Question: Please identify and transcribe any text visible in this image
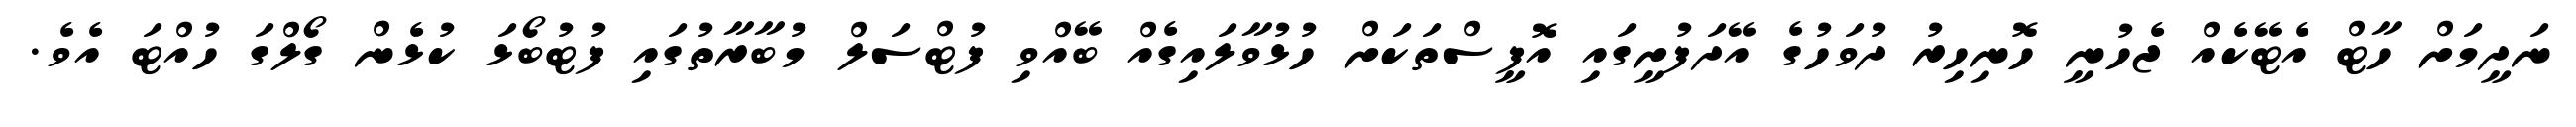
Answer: ނަދީމަށް ހާޓް އެޓޭކެއް ޖެހުނީ ހޮނިހިރު ދުވަހުގެ އޭދަފުށީގައި އޮފީސްތަކަށް ހުޅުވާލައިގެއް ބޭއްވި ފުޓްސަލް މުބާރާތުގައި ފުޓުބޯޅަ ކުޅެން ގޯލްގަ ހުއްޓަ އެވެ.